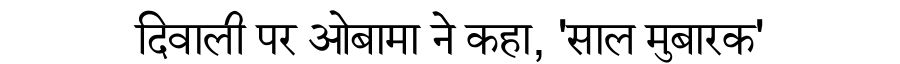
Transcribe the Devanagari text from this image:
दिवाली पर ओबामा ने कहा, 'साल मुबारक'